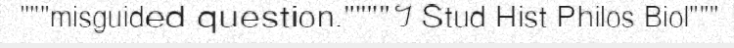
"""misguided question.""""។ Stud Hist Philos Biol"""